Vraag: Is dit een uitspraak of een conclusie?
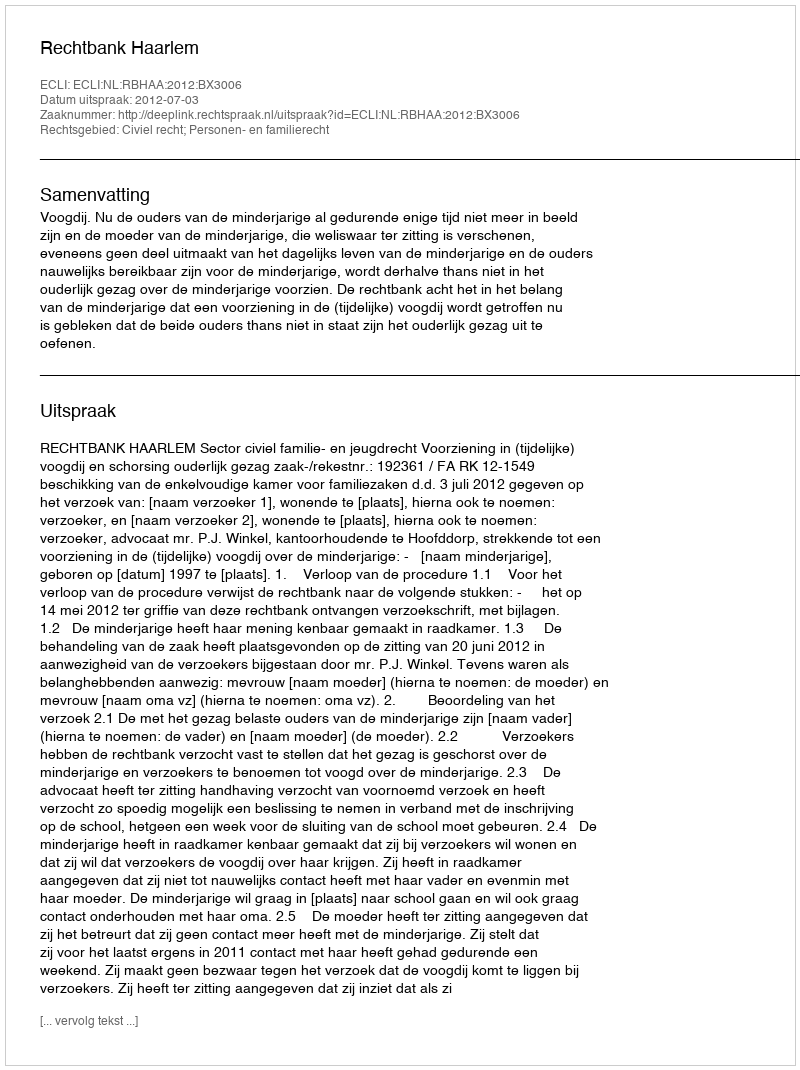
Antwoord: Uitspraak